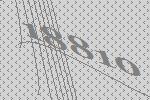
18810